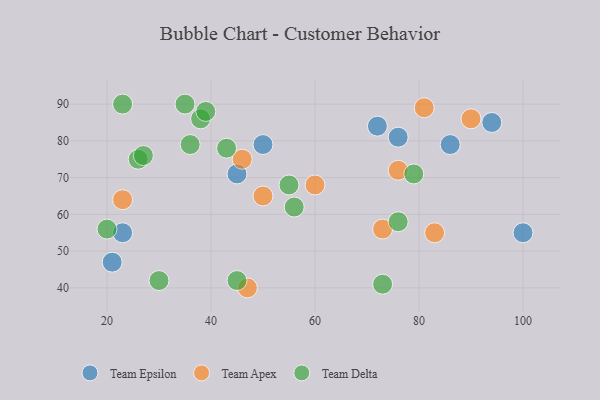
{"axis": {"x": "GDP", "y": "Life Expectancy"}, "legend": ["Team Apex", "Team Delta", "Team Epsilon"], "data": [{"x": "94", "y": 85, "type": "Team Epsilon"}, {"x": "45", "y": 71, "type": "Team Epsilon"}, {"x": "76", "y": 81, "type": "Team Epsilon"}, {"x": "72", "y": 84, "type": "Team Epsilon"}, {"x": "21", "y": 47, "type": "Team Epsilon"}, {"x": "100", "y": 55, "type": "Team Epsilon"}, {"x": "86", "y": 79, "type": "Team Epsilon"}, {"x": "50", "y": 79, "type": "Team Epsilon"}, {"x": "23", "y": 55, "type": "Team Epsilon"}, {"x": "90", "y": 86, "type": "Team Apex"}, {"x": "46", "y": 75, "type": "Team Apex"}, {"x": "23", "y": 64, "type": "Team Apex"}, {"x": "83", "y": 55, "type": "Team Apex"}, {"x": "73", "y": 56, "type": "Team Apex"}, {"x": "81", "y": 89, "type": "Team Apex"}, {"x": "76", "y": 72, "type": "Team Apex"}, {"x": "60", "y": 68, "type": "Team Apex"}, {"x": "50", "y": 65, "type": "Team Apex"}, {"x": "47", "y": 40, "type": "Team Apex"}, {"x": "56", "y": 62, "type": "Team Delta"}, {"x": "23", "y": 90, "type": "Team Delta"}, {"x": "35", "y": 90, "type": "Team Delta"}, {"x": "26", "y": 75, "type": "Team Delta"}, {"x": "76", "y": 58, "type": "Team Delta"}, {"x": "73", "y": 41, "type": "Team Delta"}, {"x": "79", "y": 71, "type": "Team Delta"}, {"x": "45", "y": 42, "type": "Team Delta"}, {"x": "20", "y": 56, "type": "Team Delta"}, {"x": "43", "y": 78, "type": "Team Delta"}, {"x": "38", "y": 86, "type": "Team Delta"}, {"x": "30", "y": 42, "type": "Team Delta"}, {"x": "39", "y": 88, "type": "Team Delta"}, {"x": "27", "y": 76, "type": "Team Delta"}, {"x": "36", "y": 79, "type": "Team Delta"}, {"x": "55", "y": 68, "type": "Team Delta"}]}